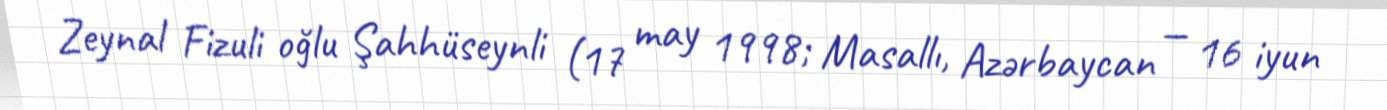
Zeynal Fizuli oğlu Şahhüseynli (17 may 1998; Masallı, Azərbaycan — 16 iyun